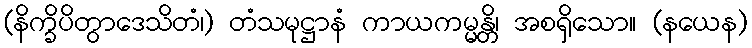
(နိက္ခိပိတွာဒေသိတံ၊) တံသမုဋ္ဌာနံ ကာယကမ္မန္တိ၊ အစရှိသော။ (နယေန)